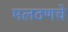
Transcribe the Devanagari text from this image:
मलठणचे